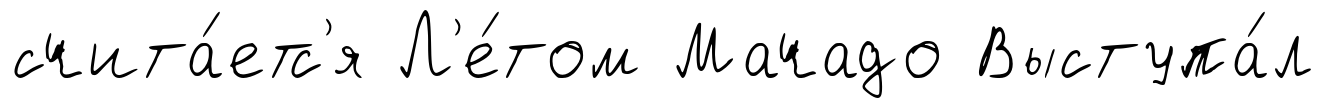
счита́етс'я Л'е́том Мачадо Выступа́л